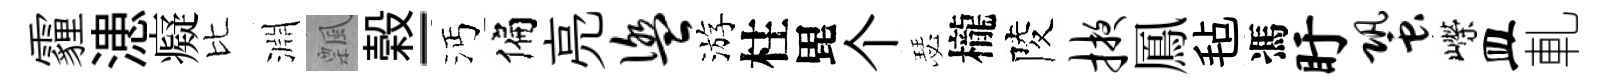
霾漶癡比淵飄榖-沔偏亮盥游柱毘个瑟櫳陵掖鳳毡馮盱蛩嶸皿軋